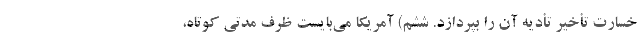
خسارت تأخیر تأدیه آن را بپردازد. ششم) آمریکا می‌بایست ظرف مدتی کوتاه،